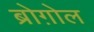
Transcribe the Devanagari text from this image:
ब्रोग़ोल